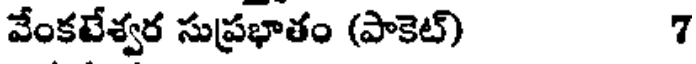
వేంకటేశ్వర సుప్రభాతం (పాకెట్) 7